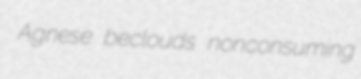
Agnese beclouds nonconsuming